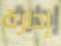
إدارة